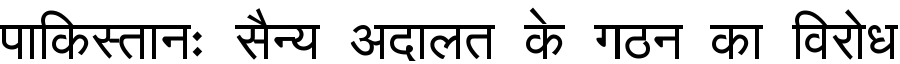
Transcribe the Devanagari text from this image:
पाकिस्तानः सैन्य अदालत के गठन का विरोध